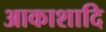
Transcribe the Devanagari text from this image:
आकाशादि